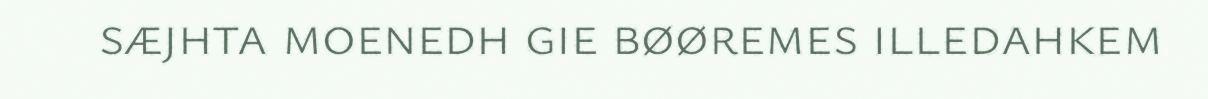
sæjhta moenedh gie bøøremes illedahkem